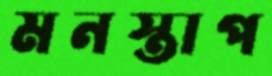
মনস্তাপ